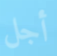
أجل